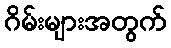
ဂိမ်းများအတွက်